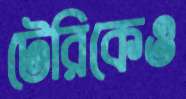
টেরিকেও